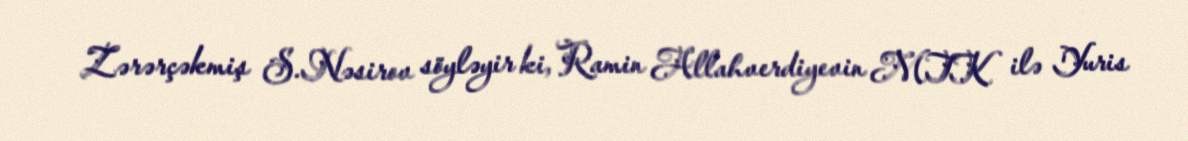
Zərərçəkmiş S.Nəsirov söyləyir ki, Ramin Allahverdiyevin MTK ilə Yuris